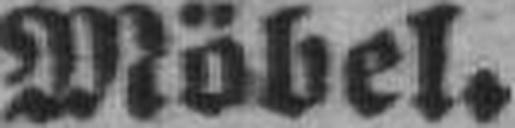
Möbel.